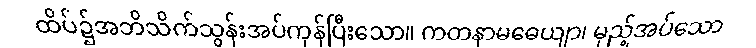
ထိပ်၌အဘိသိက်သွန်းအပ်ကုန်ပြီးသော။ ကတနာမဓေယျာ၊ မှည့်အပ်သော